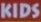
KIDS